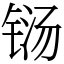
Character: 铴